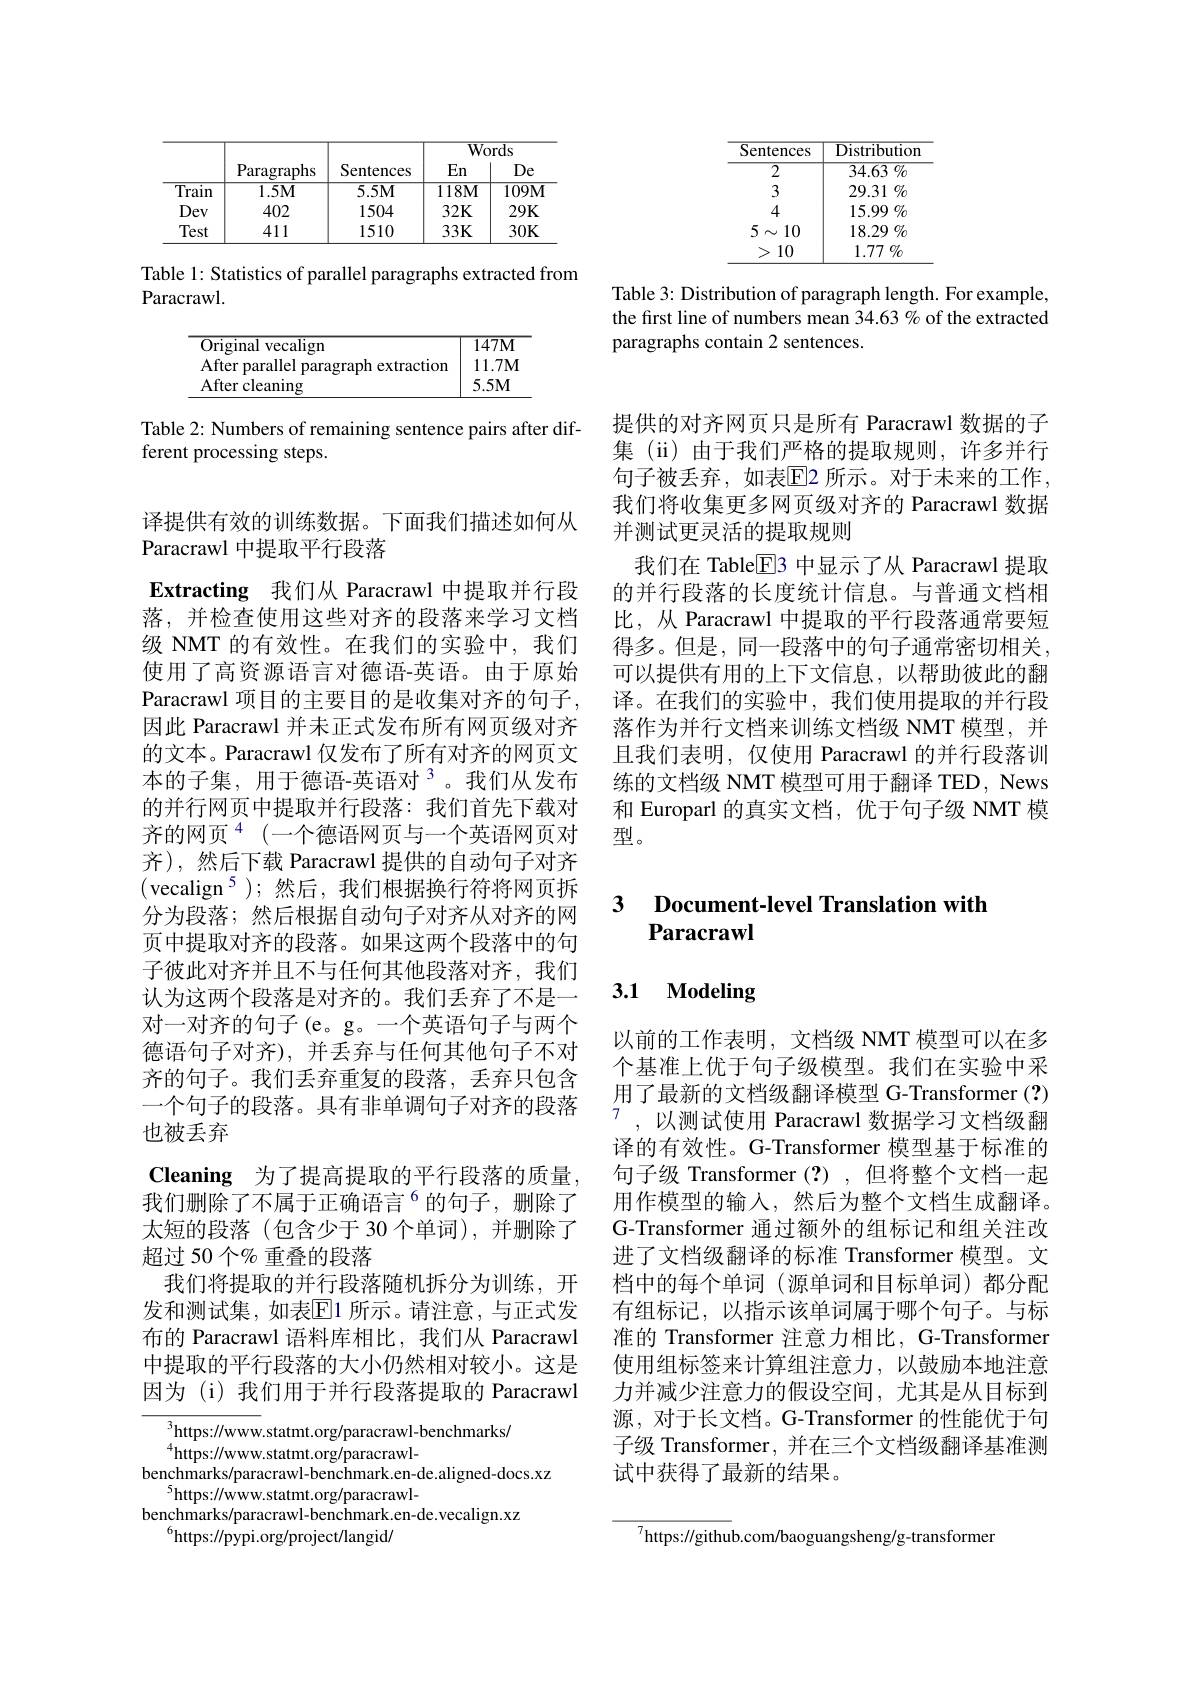
<table>
	<tbody>
		<tr>
			<th>Sentences</th>
			<th>$\overline{{\mathrm{Distribution}}}$</th>
		</tr>
		<tr>
			<td>$\overline{2}$</td>
			<td>34.63 $\%$</td>
		</tr>
		<tr>
			<td>3</td>
			<td>$29.31\%$</td>
		</tr>
		<tr>
			<td>4</td>
			<td>$15.99\%$</td>
		</tr>
		<tr>
			<td>5 八 10</td>
			<td>$18.29\%$</td>
		</tr>
		<tr>
			<td>10</td>
			<td>1.77 $\%$</td>
		</tr>
	</tbody>
</table>

Table 3: Distribution of paragraph length. For example, the first line of numbers mean 34.63 % of the extracted paragraphs contain 2 sentences.

<table>
	<tbody>
		<tr>
			<th> </th>
			<th rowspan="2">Paragraphs</th>
			<th rowspan="2">Sentences</th>
			<th colspan="2">Words</th>
		</tr>
		<tr>
			<th> </th>
			<th>En</th>
			<th>De</th>
		</tr>
		<tr>
			<td>Train 1</td>
			<td>$1.5M$</td>
			<td>$5.5M$</td>
			<td>118M</td>
			<td>$109M$</td>
		</tr>
		<tr>
			<td>Dev</td>
			<td>402</td>
			<td>1504</td>
			<td>$32K$</td>
			<td>$29K$</td>
		</tr>
		<tr>
			<td>Test</td>
			<td>411</td>
			<td>1510</td>
			<td>$33K$</td>
			<td>$30K$</td>
		</tr>
	</tbody>
</table>

Table 1: Statistics of parallel paragraphs extracted from
Paracrawl.

<table>
	<tbody>
		<tr>
			<td>${\mathrm{Original~vecalign}}$</td>
			<td>$\overline{147\mathbf{M}}$</td>
		</tr>
		<tr>
			<td>After parallel paragraph extraction</td>
			<td>$11.7M$</td>
		</tr>
		<tr>
			<td>After cleaning</td>
			<td>$5.5M$</td>
		</tr>
	</tbody>
</table>

Table 2: Numbers of remaining sentence pairs after dif-
ferent processing steps.

译提供有效的训练数据。下面我们描述如何从
Paracrawl 中提取平行段落
Extracting 我们从 Paracrawl 中提取并行段落，并检查使用这些对齐的段落来学习文档级 NMT 的有效性。在我们的实验中，我们使用了高资源语言对德语-英语。由于原始Paracrawl 项目的主要目的是收集对齐的句子， 因此 Paracrawl 并未正式发布所有网页级对齐的文本。Paracrawl 仅发布了所有对齐的网页文本的子集，用于德语-英语对$^{3}$。我们从发布的并行网页中提取并行段落：我们首先下载对齐的网页$^4($一个德语网页与一个英语网页对齐),然后下载 Paracrawl 提供的自动句子对齐(vecalign$^5);$然后，我们根据换行符将网页拆分为段落；然后根据自动句子对齐从对齐的网页中提取对齐的段落。如果这两个段落中的句子彼此对齐并且不与任何其他段落对齐，我们认为这两个段落是对齐的。我们丢弃了不是一对一对齐的句子(e。g。一个英语句子与两个德语句子对齐),并丢弃与任何其他句子不对齐的句子。我们丢弃重复的段落，丢弃只包含一个句子的段落。具有非单调句子对齐的段落也被丢弃
Cleaning 为了提高提取的平行段落的质量， 我们删除了不属于正确语言$^{6}$的句子，删除了太短的段落(包含少于 30 个单词),并删除了超过 50 个$\%$ 重叠的段落
我们将提取的并行段落随机拆分为训练，开发和测试集，如表$\overline{\mathrm{E}}$1 所示。请注意，与正式发布的 Paracrawl 语料库相比，我们从 Paracrawl 中提取的平行段落的大小仍然相对较小。这是因为 (i) 我们用于并行段落提取的 Paracrawl
$^{3}$https://www.statmt.org/paracrawl-benchmarks/
$^{4}$https://www.statmt.org/paracrawl-

benchmarks/paracrawl-benchmark.en-de.aligned-docs.xz
$^{5}$https://www.statmt.org/paracrawl-
benchmarks/paracrawl-benchmark.en-de.vecalign.xz
$^{6}$https://pypi.org/project/langid/

提供的对齐网页只是所有 Paracrawl 数据的子集(ii)由于我们严格的提取规则，许多并行句子被丢弃，如表回2 所示。对于未来的工作， 我们将收集更多网页级对齐的 Paracrawl 数据并测试更灵活的提取规则
我们在 Table$\overline{\mathrm{E}}$3 中显示了从 Paracrawl 提取的并行段落的长度统计信息。与普通文档相比，从 Paracrawl 中提取的平行段落通常要短得多。但是，同一段落中的句子通常密切相关， 可以提供有用的上下文信息，以帮助彼此的翻译。在我们的实验中，我们使用提取的并行段落作为并行文档来训练文档级 NMT 模型，并且我们表明，仅使用 Paracrawl 的并行段落训练的文档级 NMT 模型可用于翻译 TED, News 和 Europarl 的真实文档，优于句子级 NMT 模型。

### 3 Document-level Translation with Paracrawl

# 3.1 Modeling

以前的工作表明，文档级 NMT 模型可以在多个基准上优于句子级模型。我们在实验中采用了最新的文档级翻译模型 G-Transformer (?) $^{7}$,以测试使用 Paracrawl 数据学习文档级翻译的有效性。G-Transformer 模型基于标准的句子级 Transformer (?) ,但将整个文档一起用作模型的输入，然后为整个文档生成翻译。G-Transformer 通过额外的组标记和组关注改进了文档级翻译的标准 Transformer 模型。文档中的每个单词(源单词和目标单词)都分配有组标记，以指示该单词属于哪个句子。与标准的 Transformer 注意力相比，G-Transformer 使用组标签来计算组注意力，以鼓励本地注意力并减少注意力的假设空间，尤其是从目标到源，对于长文档。G-Transformer 的性能优于句子级 Transformer, 并在三个文档级翻译基准测试中获得了最新的结果。

$^{7}$https://github.com/baoguangsheng/g-transformer